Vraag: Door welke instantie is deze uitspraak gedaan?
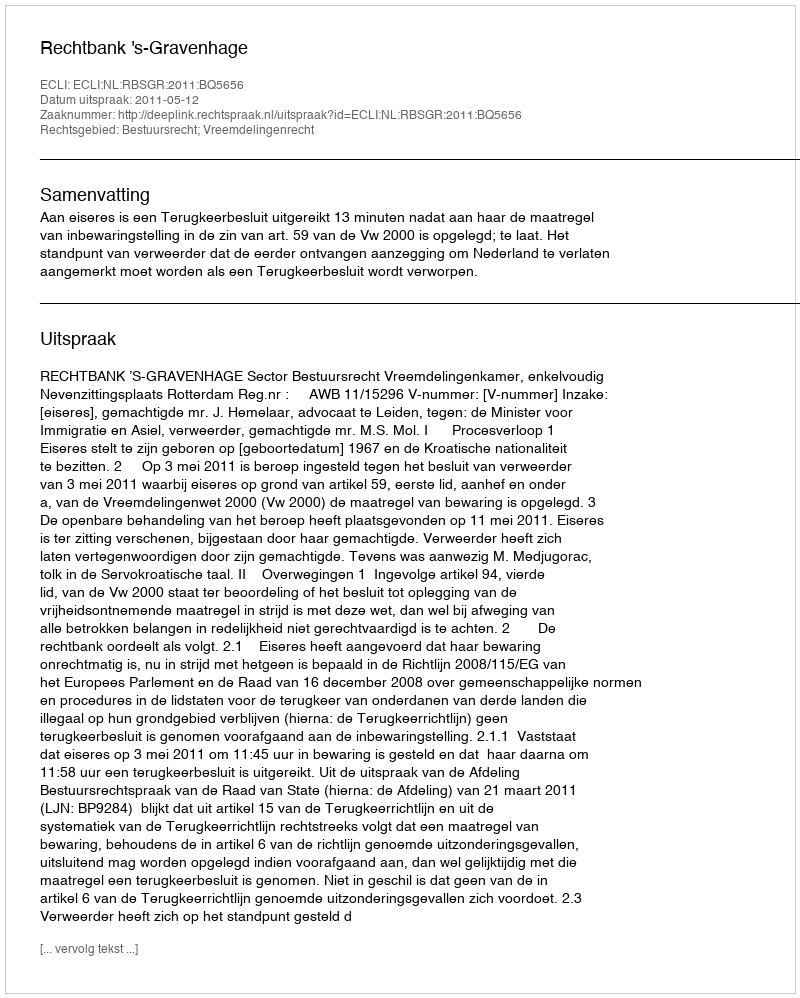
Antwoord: Rechtbank 's-Gravenhage